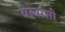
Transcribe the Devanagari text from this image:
वेल्सशी